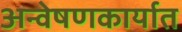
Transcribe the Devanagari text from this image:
अन्वेषणकार्यात